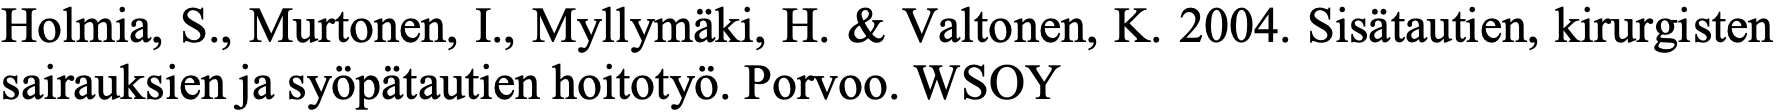
Holmia, S., Murtonen, I., Myllymäki, H. & Valtonen, K. 2004. Sisätautien, kirurgisten sairauksien ja syöpätautien hoitotyö. Porvoo. WSOY